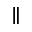
\parallel